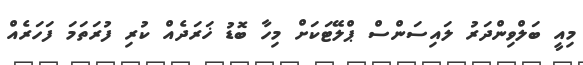
މިއީ ބަލްވިންދަރު ލައިސަންސް ޕްލޭޓަކަށް މިހާ ބޮޑު ޚަރަދެއް ކުރި ފުރަތަމަ ފަހަރެއް